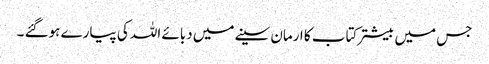
جس میں بیشتر کتاب کا ارمان سینے میں دبائے اللہ کی پیارے ہوگئے ۔